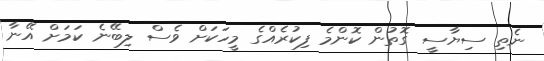
ނެތި ސިޔާސީ ގޮތުން ކޮންމެ ފިކުރެއްގެ މީހަކަށް ވެސް ލިބޭނެ ކަމަށް އޭނާ